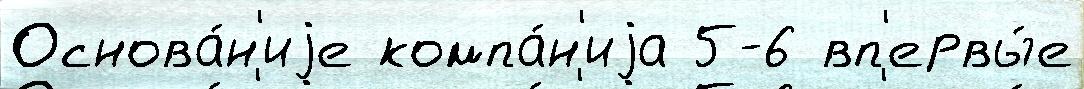
Основа́н'иjе компа́н'иjа 5-6 вп'ервы́е